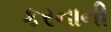
કરનાની